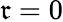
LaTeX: \mathfrak{r}=0